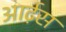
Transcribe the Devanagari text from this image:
आर्ट़स